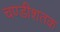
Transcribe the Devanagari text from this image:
चण्डीशतक